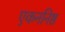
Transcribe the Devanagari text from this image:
एकननिष्ठ